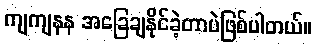
ကျကျနန အခြေချနိုင်ခဲ့တာပဲဖြစ်ပါတယ်။